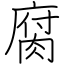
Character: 腐